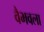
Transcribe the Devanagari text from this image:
वैभवला